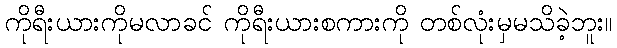
ကိုရီးယားကိုမလာခင် ကိုရီးယားစကားကို တစ်လုံးမှမသိခဲ့ဘူး။